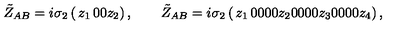
\tilde { Z } _ { A B } = i \sigma _ { 2 } \left( \begin{matrix} { z _ { 1 } } & { 0 } \\ { 0 } & { z _ { 2 } } \\ \end{matrix} \right) , \qquad \tilde { Z } _ { A B } = i \sigma _ { 2 } \left( \begin{matrix} { z _ { 1 } } & { 0 } & { 0 } & { 0 } \\ { 0 } & { z _ { 2 } } & { 0 } & { 0 } \\ { 0 } & { 0 } & { z _ { 3 } } & { 0 } \\ { 0 } & { 0 } & { 0 } & { z _ { 4 } } \\ \end{matrix} \right) ,